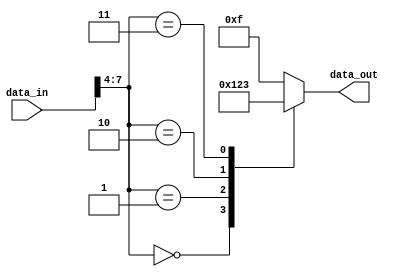
module behavioral_modeling_block (
    input wire [7:0] data_in,
    output reg [3:0] data_out
);

always @* begin
    casez(data_in)
        8'b0000_zzzz: data_out = 4'b0000;
        8'b0001_zzzz: data_out = 4'b0001;
        8'b0010_zzzz: data_out = 4'b0010;
        8'b0011_zzzz: data_out = 4'b0011;
        8'b01__z___: data_out = 4'b0100;
        default: data_out = 4'b1111;
    endcase
end

endmodule